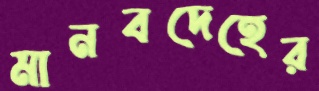
মানবদেহের